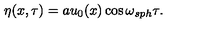
\eta ( x , \tau ) = a u _ { 0 } ( x ) \cos \omega _ { s p h } \tau .